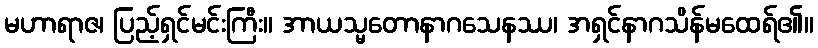
မဟာရာဇ၊ ပြည့်ရှင်မင်းကြီး။ အာယသ္မတောနာဂသေနဿ၊ အရှင်နာဂသိန်မထေရ်၏။